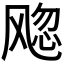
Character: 𬲀